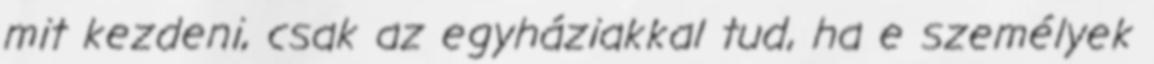
mit kezdeni, csak az egyháziakkal tud, ha e személyek